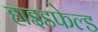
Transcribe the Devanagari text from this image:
हाइडफेल्ड